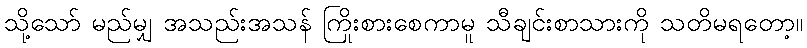
သို့သော် မည်မျှ အသည်းအသန် ကြိုးစားစေကာမူ သီချင်းစာသားကို သတိမရတော့။